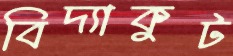
বিদ্যাকুট